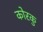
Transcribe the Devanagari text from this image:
कोरकु